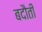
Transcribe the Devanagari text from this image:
बदौती